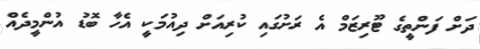
ދަށް ފަންތީގެ ޓޫރިޒަމް އެ ރަށުގައި ކުރިއަށް ދިއުމަކީ އެހާ ބޮޑު އުންމީދެއް